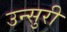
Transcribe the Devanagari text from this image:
उन्सुरी